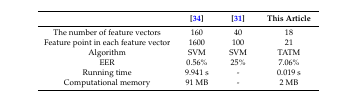
|  | [34] | [31] | This Article |
 | --- | --- | --- | --- |
 | The number of feature vectors | 160 | 40 | 18 |
 | Feature point in each feature vector | 1600 | 100 | 21 |
 | Algorithm | SVM | SVM | TATM |
 | EER | 0.56% | 25% | 7.06% |
 | Running time | 9.941 s | - | 0.019 s |
 | Computational memory | 91 MB | - | 2 MB |